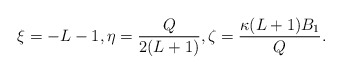
\begin{align*} \xi = -L-1, \eta = \frac{Q}{2(L+1)}, \zeta = \frac{\kappa(L+1)B_1}{Q}. \end{align*}